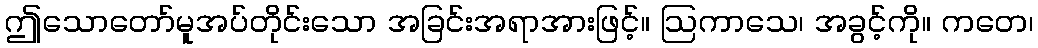
ဤသောတော်မူအပ်တိုင်းသော အခြင်းအရာအားဖြင့်။ ဩကာသေ၊ အခွင့်ကို။ ကတေ၊